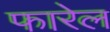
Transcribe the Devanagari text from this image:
फारेल